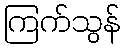
ကြက်သွန်